Mental hospitals Bombay report 1921-28 - 1921-1928
Year: 1921
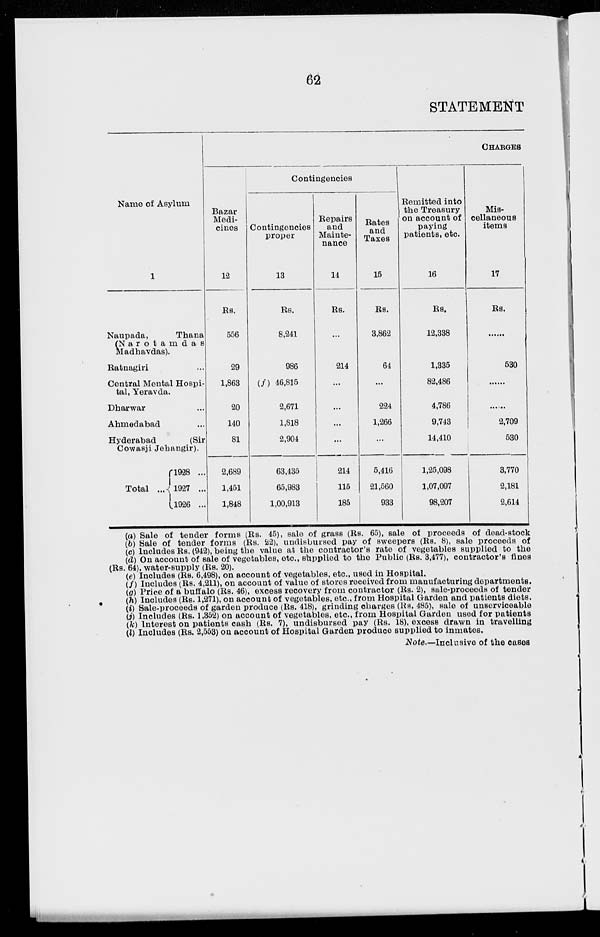
62
STATEMENT
Name of Asylum
1
Naupada,
Thana
(Narotamdas
Madhavdas).
Ratnagiri ...
Central Mental Hospi-
tal, Yeravda.
Dharwar ...
Ahmedabad ...
Hyderabad
(Sir
Cowasji Jehangir).
Total
1928 ...
1927 ...
1926 ...
CHARGES
Bazar
Medi-
cines
12
Rs.
556
29
1,863
20
140
81
2,689
1,451
1,848
Contingencies
Contingencies
proper
13
Rs.
8,241
986
(f) 46,815
2,671
1,818
2,904
63,435
65,983
1,00,913
Repairs
and
Mainte-
nance
14
Rs.
...
214
...
...
...
...
214
115
185
Rates
and
Taxes
15
Rs.
3,862
64
...
224
1,266
...
5,416
21,560
933
Remitted into
the Treasury
on account of
paying
patients, etc.
16
Rs.
12,338
1,335
82,486
4,786
9,743
14,410
1,25,098
1,07,097
98,207
Mis-
cellaneous
items
17
Rs.
......
530
......
......
2,709
530
3,770
2,181
2,614
(a) Sale of tender forms (Rs. 45), sale of grass (Rs. 65), sale of proceeds of dead-stock
(b) Sale of tender forms (Rs. 22), undisbursed pay of sweepers (Rs. 8), sale proceeds of
(c) Includes Rs. (942), being the value at the contractor's rate of vegetables supplied to the
(d) On account of sale of vegetables, etc., supplied to the Public (Rs. 3,477), contractor's fines
(Rs. 64), water-supply (Rs. 20).
(e) Includes (Rs. 6,498), on account of vegetables, etc., used in Hospital.
(f) Includes (Rs. 4,211), on account of value of stores received from manufacturing departments.
(g) Price of a buffalo (Rs. 46), excess recovery from contractor (Rs. 2), sale-proceeds of tender
(h) Includes (Rs. 1,271), on account of vegetables, etc., from Hospital Garden and patients diets.
(i) Sale-proceeds of garden produce (Rs. 418), grinding charges (Rs, 485), sale of unserviceable
(j) Includes (Rs. 1,352) on account of vegetables, etc., from Hospital Garden used for patients
(k) Interest on patients cash (Rs. 7), undisbursed pay (Rs. 18), excess drawn in travelling
(l) Includes (Rs. 2,553) on account of Hospital Garden produce supplied to inmates.
Note.—Inclusive of the cases